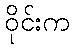
ဝိုင်းက